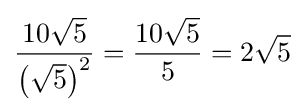
{\frac {10{\sqrt {5}}}{\left({\sqrt {5}}\right)^{2}}}={\frac {10{\sqrt {5}}}{5}}=2{\sqrt {5}}